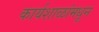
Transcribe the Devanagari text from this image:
कार्यशाळांमधून